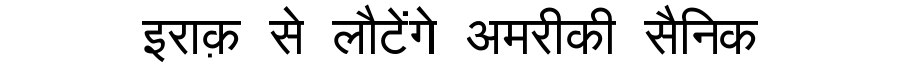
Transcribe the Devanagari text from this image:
इराक़ से लौटेंगे अमरीकी सैनिक